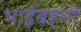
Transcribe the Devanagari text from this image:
भाईबहनों